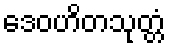
ဒေဝဟိတသုတ္တံ